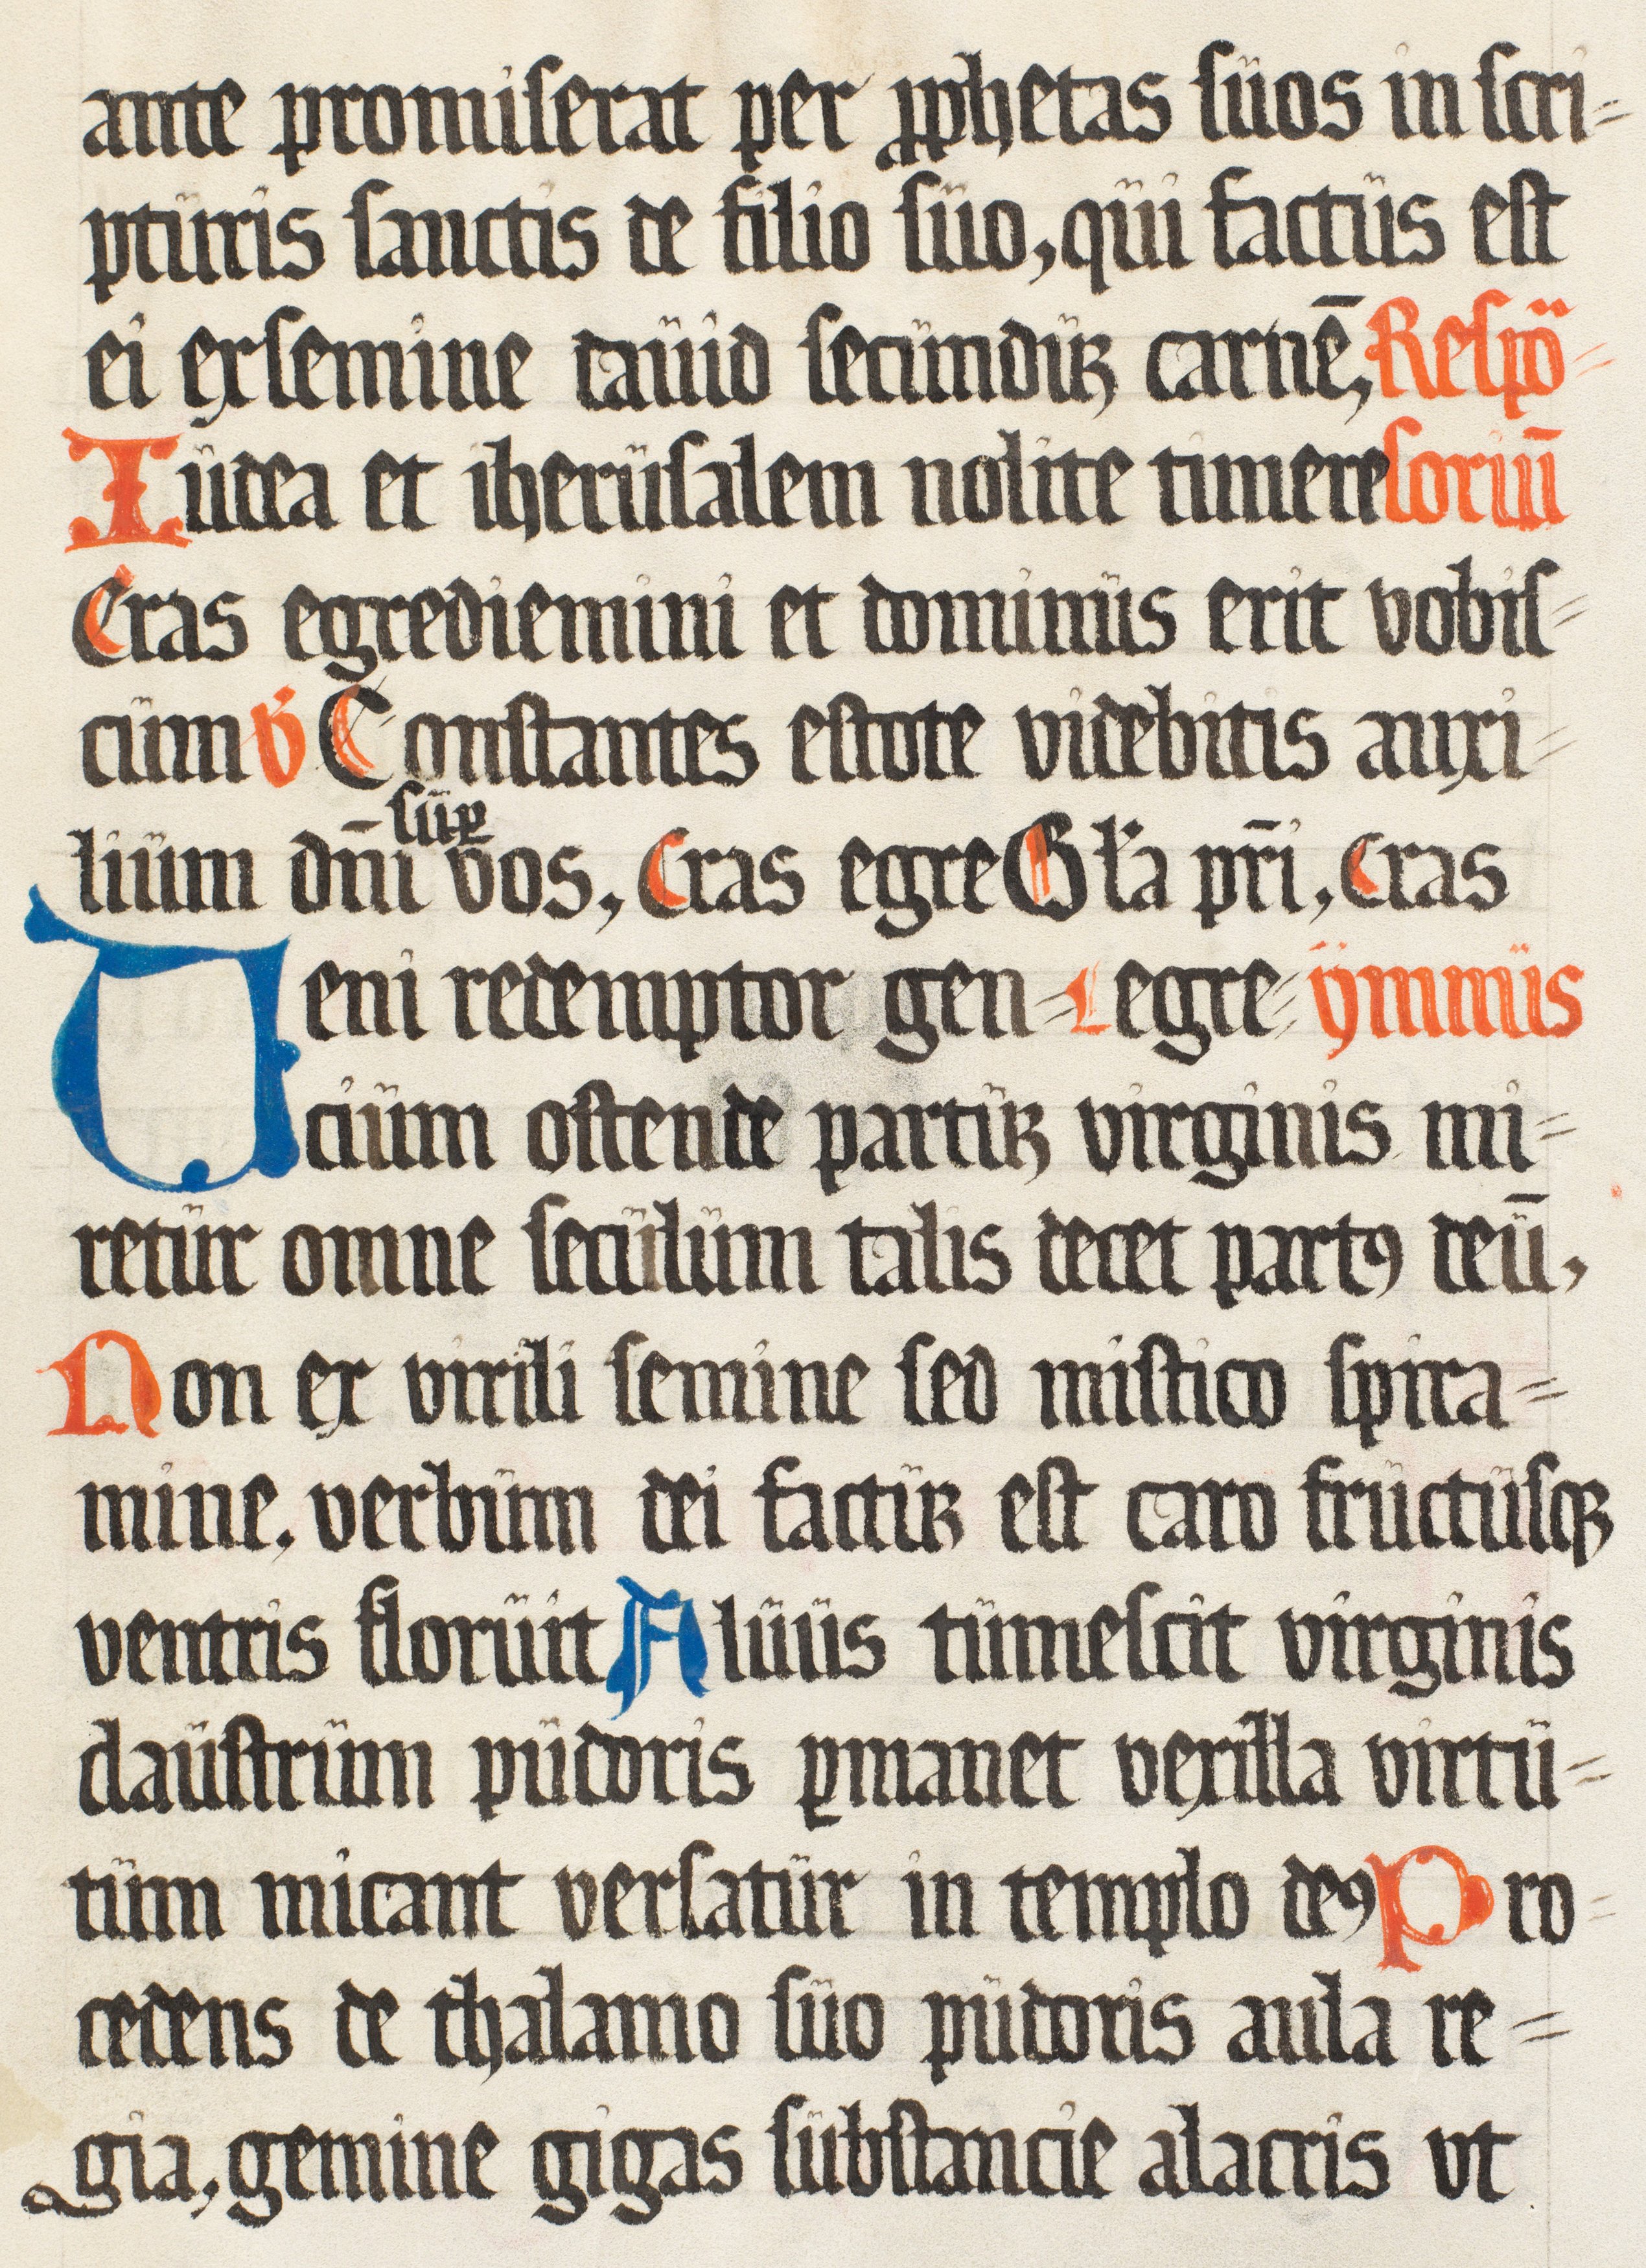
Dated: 1500–1599